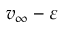
v _ { \infty } - \varepsilon